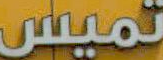
تميس